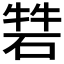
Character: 𥓧